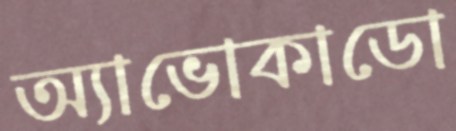
অ্যাভোকাডো